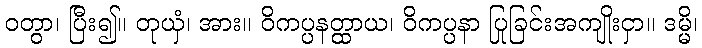
ဝတွာ၊ ပြီး၍။ တုယှံ၊ အား။ ဝိကပ္ပနတ္ထာယ၊ ဝိကပ္ပနာ ပြုခြင်းအကျိုးငှာ။ ဒမ္မိ၊